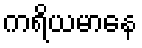
ကရိယမာနေ